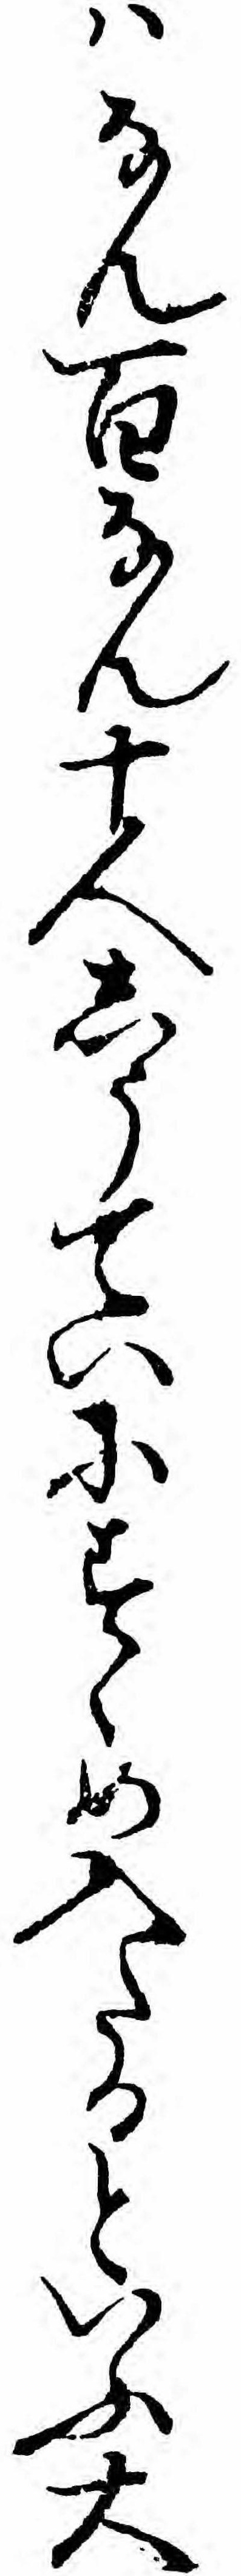
ハなん百なん十人しうていにすゝめ入たるといふ大